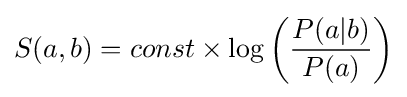
S(a,b)=const\times \log \left({\frac {P(a|b)}{P(a)}}\right)